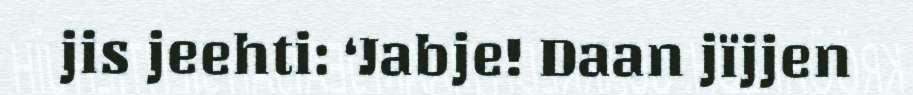
jis jeehti: ‘Jabje! Daan jïjjen